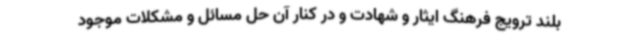
بلند ترویج فرهنگ ایثار و شهادت و در کنار آن حل مسائل و مشکلات موجود